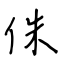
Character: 侏